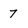
Character: 7